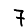
Digit: 7